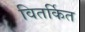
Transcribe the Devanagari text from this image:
वितर्कित